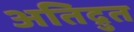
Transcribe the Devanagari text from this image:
अतिद्रुत